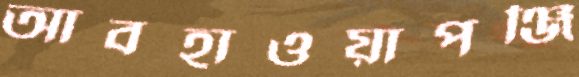
আবহাওয়াপঞ্জি